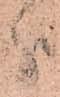
分